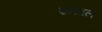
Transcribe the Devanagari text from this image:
इनेबल